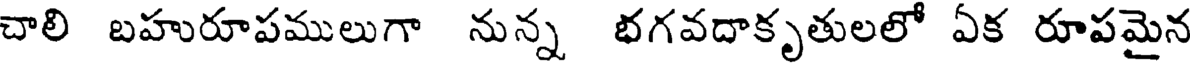
చాలి బహురూపములుగా నున్న భగవదాకృతులలో ఏక రూపమైన